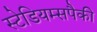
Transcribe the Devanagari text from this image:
स्टेडियम्सपैकी